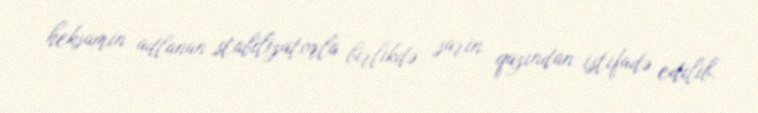
heksamin adlanan stabilizatorla birlikdə sarin qazından istifadə edilib.